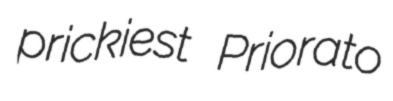
prickiest Priorato